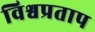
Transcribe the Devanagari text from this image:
विश्वप्रताप